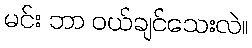
မင်း ဘာ ဝယ်ချင်သေးလဲ။